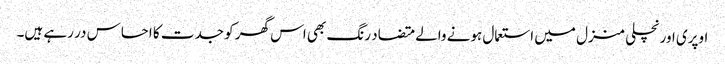
اوپری اور نچلی منزل میں استعمال ہونے والے متضاد رنگ بھی اس گھر کو جدت کا احساس در رہے ہیں۔